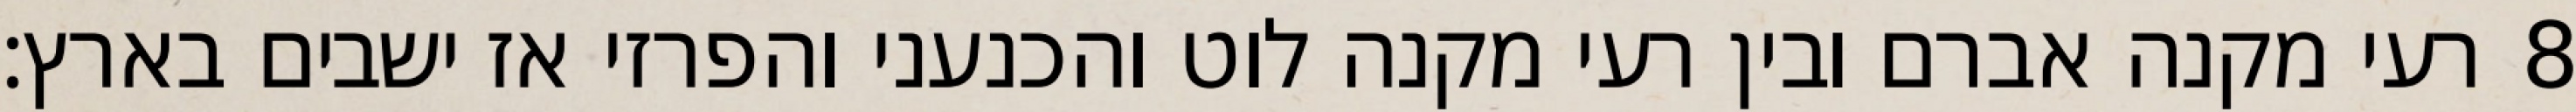
רעי מקנה אברם ובין רעי מקנה לוט והכנעני והפרזי אז ישבים בארץ׃ ‎8‏